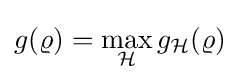
g(\varrho )=\max _{\mathcal {H}}g_{\mathcal {H}}(\varrho )